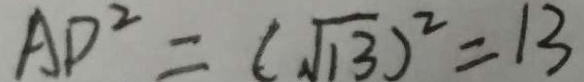
A D ^ { 2 } = ( \sqrt { 1 3 } ) ^ { 2 } = 1 3